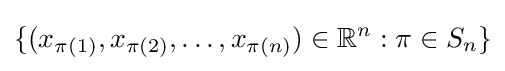
\{(x_{\pi (1)},x_{\pi (2)},\ldots ,x_{\pi (n)})\in \mathbb {R} ^{n}:\pi \in S_{n}\}